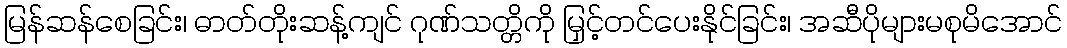
မြန်ဆန်စေခြင်း၊ ဓာတ်တိုးဆန့်ကျင် ဂုဏ်သတ္တိကို မြှင့်တင်ပေးနိုင်ခြင်း၊ အဆီပိုများမစုမိအောင်